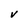
Character: V